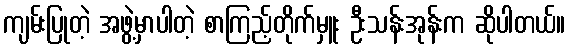
ကျမ်းပြုတဲ့ အဖွဲ့မှာပါတဲ့ စာကြည့်တိုက်မှူး ဦးသန်းအုန်းက ဆိုပါတယ်။